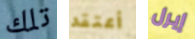
تلك أعتقد إيرل